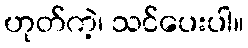
ဟုတ်ကဲ့၊ သင်ပေးပါ။